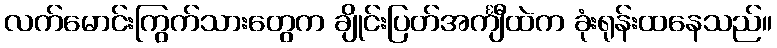
လက်မောင်းကြွက်သားတွေက ချိုင်းပြတ်အင်္ကျီထဲက ခုံးရုန်းထနေသည်။